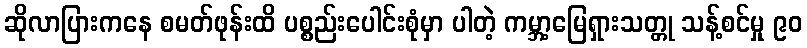
ဆိုလာပြားကနေ စမတ်ဖုန်းထိ ပစ္စည်းပေါင်းစုံမှာ ပါတဲ့ ကမ္ဘာ့မြေရှားသတ္တု သန့်စင်မှု ၉၀